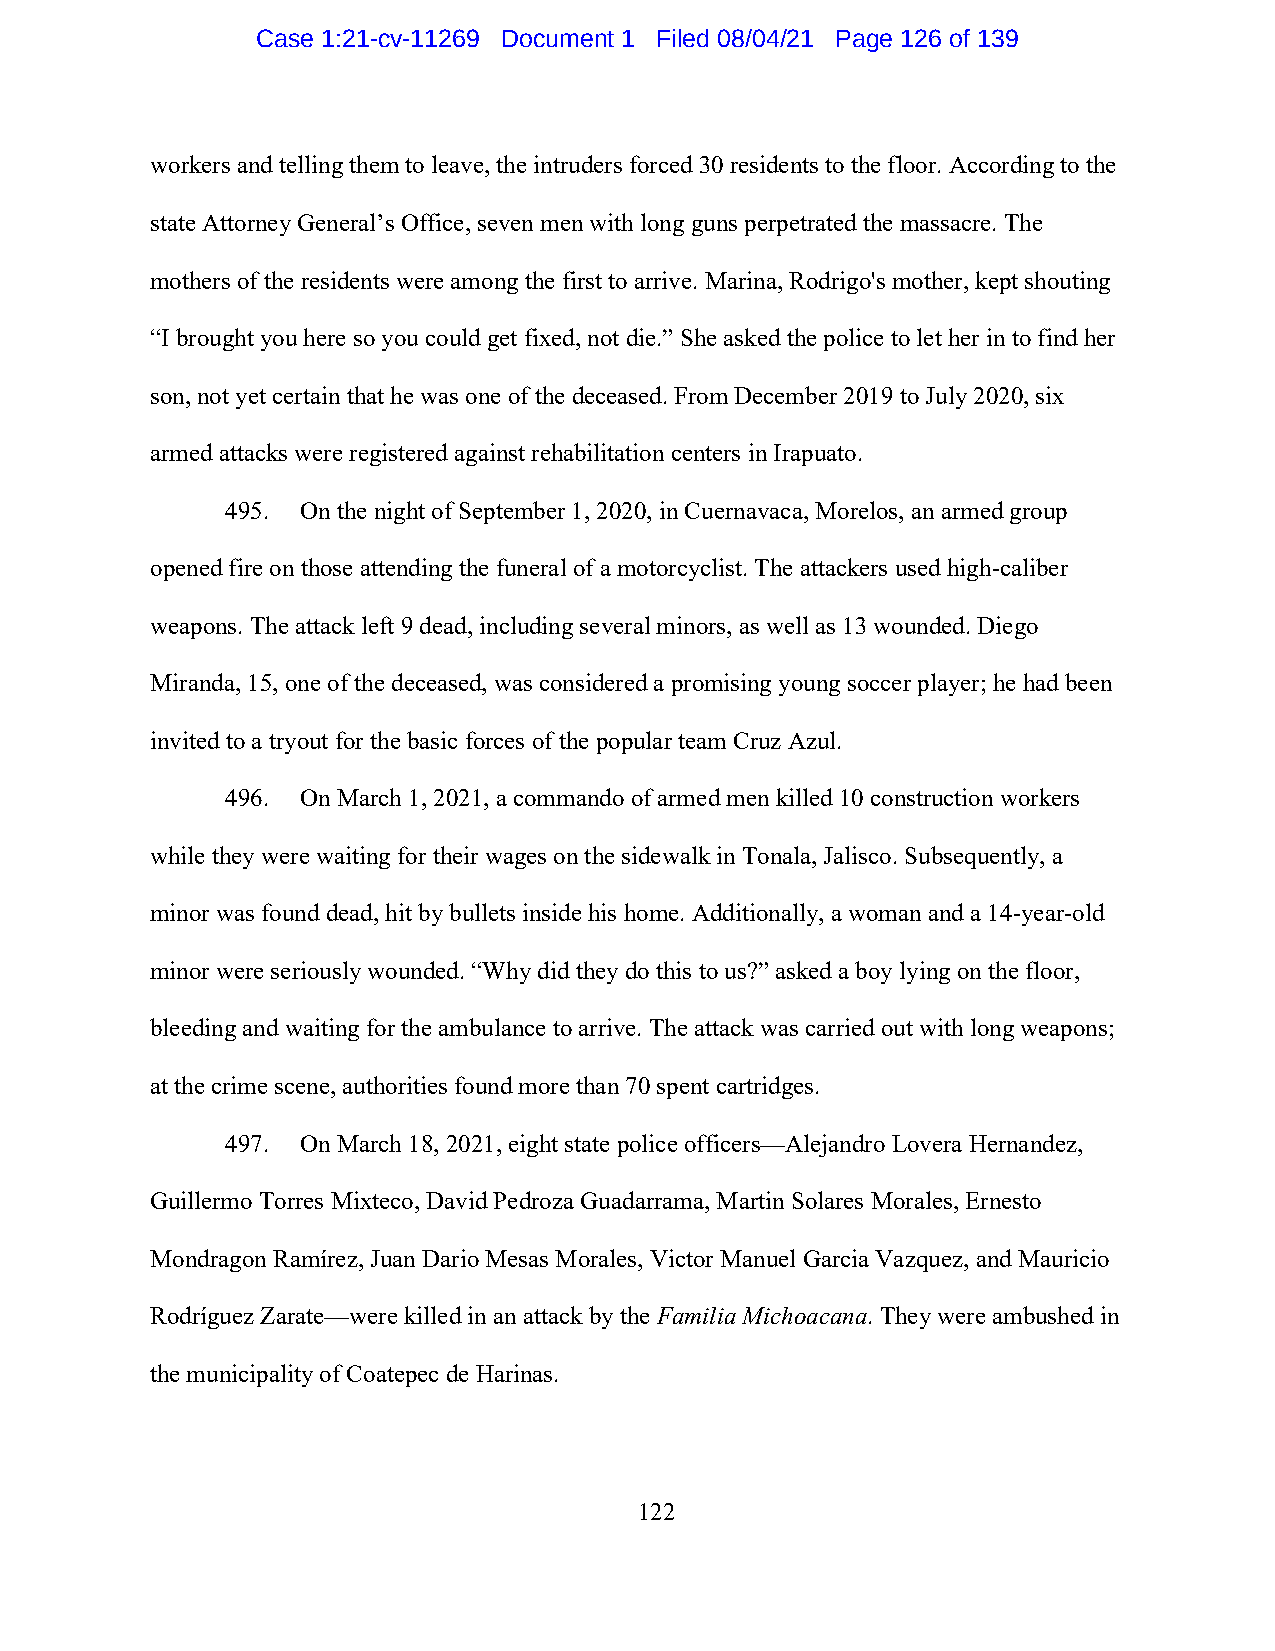
Case 1:21-cv-11269 Document 1 Filed 08/04/21 Page 126 of 139
 workers and telling them to leave, the intruders forced 30 residents to the floor. According to the
 state Attorney General’s Office, seven men with long guns perpetrated the massacre. The
 mothers of the residents were among the first to arrive. Marina, Rodrigo's mother, kept shouting
 “I brought you here so you could get fixed, not die.” She asked the police to let her in to find her
 son, not yet certain that he was one of the deceased. From December 2019 to July 2020, six
 armed attacks were registered against rehabilitation centers in Irapuato.
 495. On the night of September 1, 2020, in Cuernavaca, Morelos, an armed group
 opened fire on those attending the funeral of a motorcyclist. The attackers used high-caliber
 weapons. The attack left 9 dead, including several minors, as well as 13 wounded. Diego
 Miranda, 15, one of the deceased, was considered a promising young soccer player; he had been
 invited to a tryout for the basic forces of the popular team Cruz Azul.
 496. On March 1, 2021, a commando of armed men killed 10 construction workers
 while they were waiting for their wages on the sidewalk in Tonala, Jalisco. Subsequently, a
 minor was found dead, hit by bullets inside his home. Additionally, a woman and a 14-year-old
 minor were seriously wounded. “Why did they do this to us?” asked a boy lying on the floor,
 bleeding and waiting for the ambulance to arrive. The attack was carried out with long weapons;
 at the crime scene, authorities found more than 70 spent cartridges.
 497. On March 18, 2021, eight state police officers—Alejandro Lovera Hernandez,
 Guillermo Torres Mixteco, David Pedroza Guadarrama, Martin Solares Morales, Ernesto
 Mondragon Ramírez, Juan Dario Mesas Morales, Victor Manuel Garcia Vazquez, and Mauricio
 Rodríguez Zarate—were killed in an attack by the Familia Michoacana. They were ambushed in
 the municipality of Coatepec de Harinas.
 122